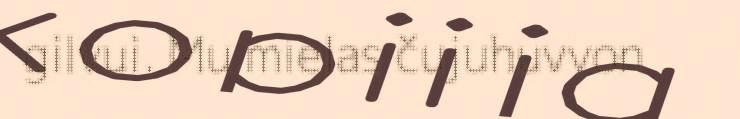
gilvui. Mu mielas čujuhuvvon